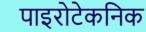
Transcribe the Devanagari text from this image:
पाइरोटेकनिक